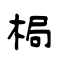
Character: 梮